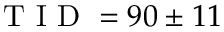
\textrm { T I D } = 9 0 \pm 1 1